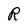
Character: R